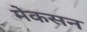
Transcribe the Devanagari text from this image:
मेकसन